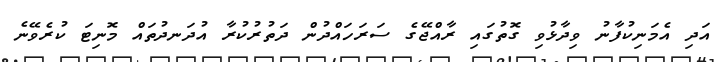
އަދި އެމަނިކުފާނު ވިދާޅުވި ގޮތުގައި ރާއްޖޭގެ ސަރަހައްދުން ދަތުރުކުރާ އުދަނދުތައް މޮނިޓަ ކުރެވޭނެ